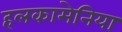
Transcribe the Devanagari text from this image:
हलकामेनिया